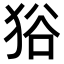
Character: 𤞞